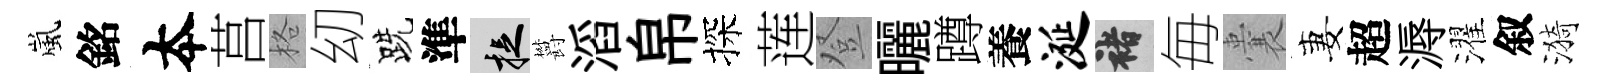
嵐銘夲莒格㓜跣準捉欝滔帛探莲登曬蹲養涎褚毎囊妻超溽濯叙漪